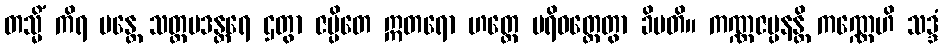
တသ္မိံ ကိရ မန္တေ သတ္တပဒန္တရေ ဌတွာ ဇပ္ပိတေ ဣတရော ဟတ္ထေ ပရိဝတ္တေတွာ ခိပတိ။ ကဏ္ဏဇပ္ပနန္တိ ကဏ္ဏေဟိ သဒ္ဒံ